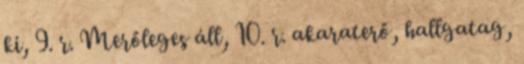
ki, 9. r. Merőleges áll, 10. r. akaraterő, hallgatag,